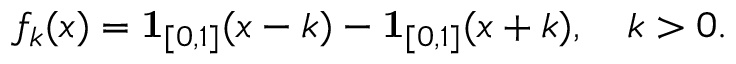
f _ { k } ( x ) = \mathbf { 1 } _ { [ 0 , 1 ] } ( x - k ) - \mathbf { 1 } _ { [ 0 , 1 ] } ( x + k ) , \ \ \ k > 0 .